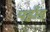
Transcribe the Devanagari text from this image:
पहाँड